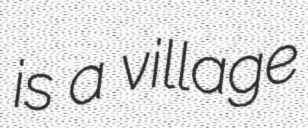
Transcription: is a village